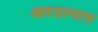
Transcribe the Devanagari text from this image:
आवडल्यास